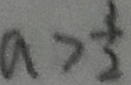
\alpha > \frac { 3 } { 2 }